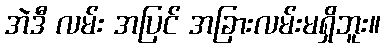
အဲဒီ လမ်း အပြင် အခြားလမ်းမရှိဘူး။